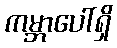
ကမ္ဘာပေါ်ရှိ